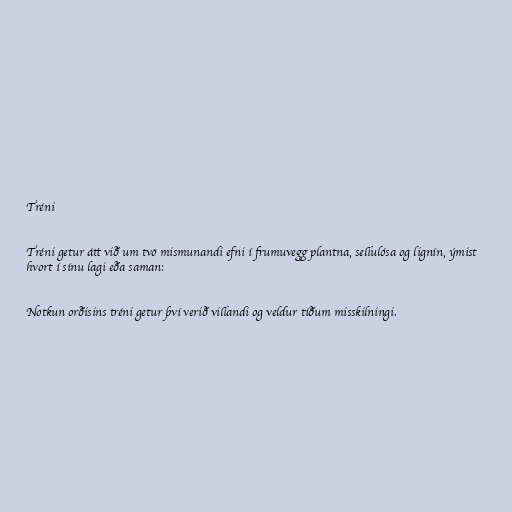
Tréni

Tréni getur átt við um tvö mismunandi efni í frumuvegg plantna, sellulósa og lignín, ýmist
hvort í sínu lagi eða saman:

Notkun orðisins tréni getur því verið villandi og veldur tíðum misskilningi.